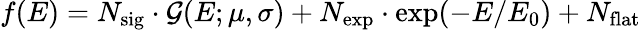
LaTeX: f(E)=N_{\textrm{sig}}\cdot\mathcal{G}(E;\mu,\sigma)+N_{\textrm{exp}}\cdot\exp(-E/E_{0})+N_{\textrm{flat}}